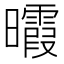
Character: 𣌊